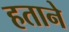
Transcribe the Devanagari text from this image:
हताने